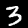
Digit: 3